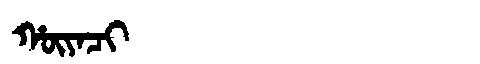
Manchu: ᡥᡡᠶᠠᠴᡳ
Romanization: HŪYACI